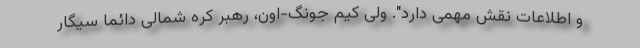
و اطلاعات نقش مهمی دارد". ولی کیم جونگ-اون، رهبر کره شمالی دائما سیگار